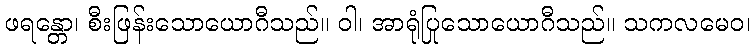
ဖရန္တော၊ စီးဖြန်းသောယောဂီသည်။ ဝါ၊ အာရုံပြုသောယောဂီသည်။ သကလမေဝ၊